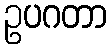
ဥပဂတာ